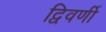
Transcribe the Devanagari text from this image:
द्विवर्णी